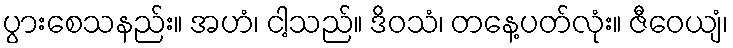
ပွားစေသနည်း။ အဟံ၊ ငါ့သည်။ ဒိဝသံ၊ တနေ့ပတ်လုံး။ ဇီဝေယျံ၊